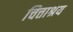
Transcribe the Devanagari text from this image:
चित्ताश्रय